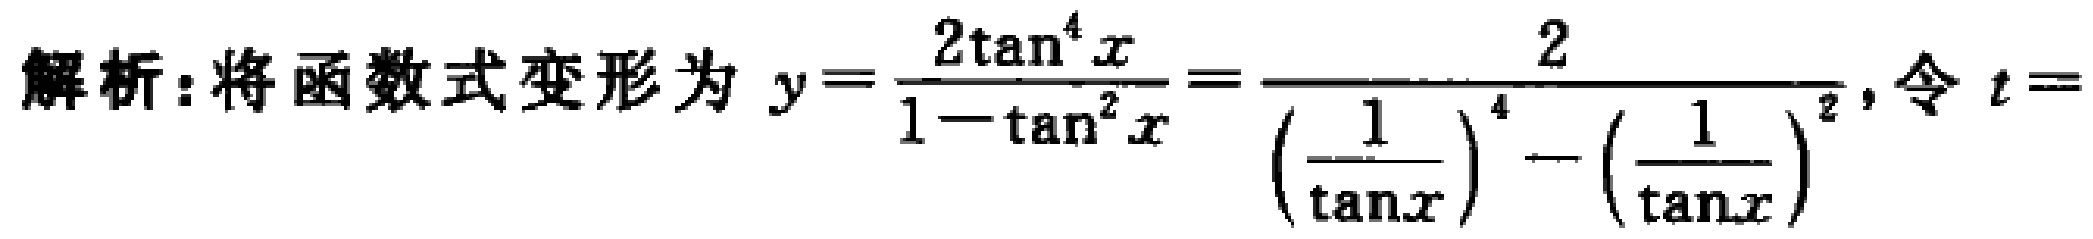
解析：将函数式变形为\(y=\frac{2\tan^{4}x}{1 - \tan^{2}x}=\frac{2}{(\frac{1}{\tan x})^{4}-(\frac{1}{\tan x})^{2}}\)，令\(t =\)